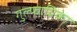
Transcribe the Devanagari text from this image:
गुल्फाग्रिका